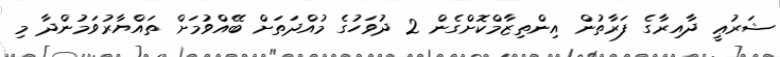
ޝަރުޢީ ދާއިރާގެ ފަރާތުން އިންތިޒާމްކޮށްގެން 2 ދުވަހުގެ މުއްދަތަށް ބޭއްވުމަށް ތައްޔާރުވަމުންދާ މި